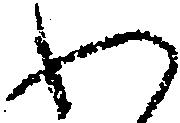
わ